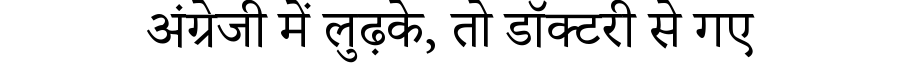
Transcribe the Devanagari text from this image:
अंग्रेजी में लुढ़के, तो डॉक्टरी से गए